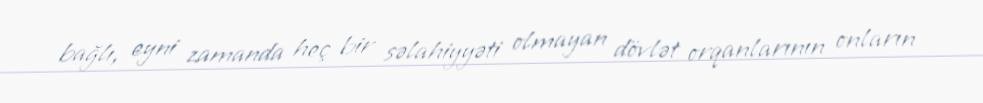
bağlı, eyni zamanda heç bir səlahiyyəti olmayan dövlət orqanlarının onların